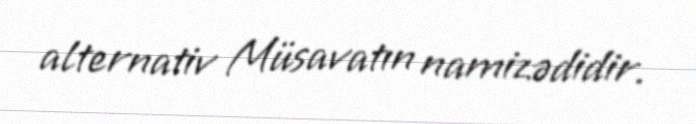
alternativ Müsavatın namizədidir.